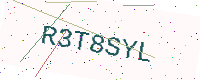
Text: R3T8SYL